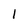
Character: 1